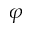
\varphi